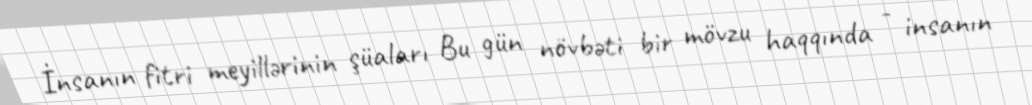
İnsanın fitri meyillərinin şüaları Bu gün növbəti bir mövzu haqqında - insanın